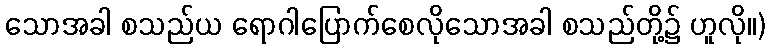
သောအခါ စသည်ယ ရောဂါပြောက်စေလိုသောအခါ စသည်တို့၌ ဟူလို။)